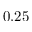
0 . 2 5